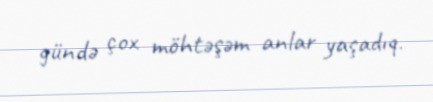
gündə çox möhtəşəm anlar yaşadıq.